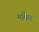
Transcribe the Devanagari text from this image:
मक्ति